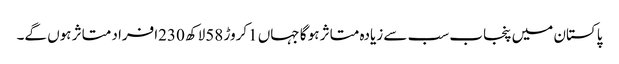
پاکستان میں پنجاب سب سے زیادہ متاثر ہو گا جہاں 1کروڑ 58لاکھ 230افراد متاثر ہوں گے۔